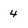
Character: 4